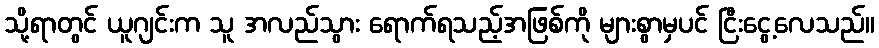
သို့ရာတွင် ယူဂျင်းက သူ အလည်သွား ရောက်ရသည့်အဖြစ်ကို များစွာမှပင် ငြီးငွေ့လေသည်။